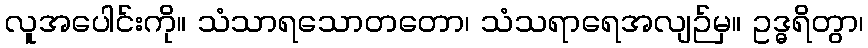
လူအပေါင်းကို။ သံသာရသောတတော၊ သံသရာရေအလျဉ်မှ။ ဥဒ္ဓရိတွာ၊